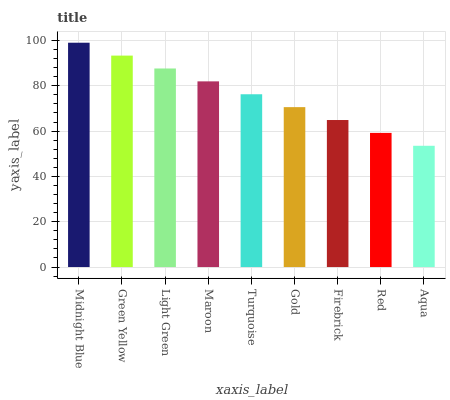
| xaxis_label | bars |
 | --- | --- |
 | Midnight Blue | 99 |
 | Green Yellow | 93.3 |
 | Light Green | 87.6 |
 | Maroon | 81.9 |
 | Turquoise | 76.3 |
 | Gold | 70.6 |
 | Firebrick | 64.9 |
 | Red | 59.2 |
 | Aqua | 53.5 |